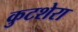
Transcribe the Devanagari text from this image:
कुटशेरा